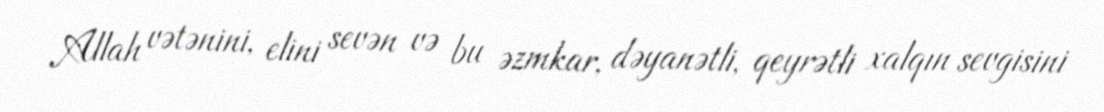
Allah vətənini, elini sevən və bu əzmkar, dəyanətli, qeyrətli xalqın sevgisini